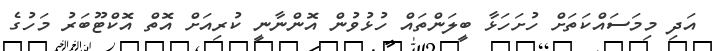
އަދި މިމަސައްކަތަށް ހުށަހަޅާ ބީލަންތައް ހުޅުވުން އޮންނާނީ ކުރިއަށް އޮތް އޮކްޓޫބަރު މަހުގެ